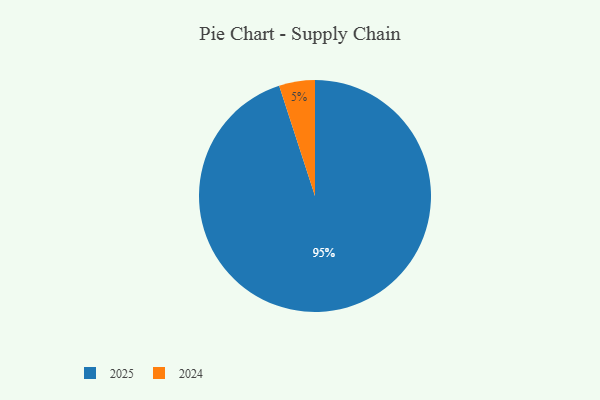
{"axis": {"x": "Category", "y": "Percentage"}, "legend": ["2024", "2025"], "data": [{"x": "2024", "y": 5, "type": "2024"}, {"x": "2025", "y": 95, "type": "2025"}]}